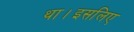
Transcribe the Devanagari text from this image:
था।इसलिए